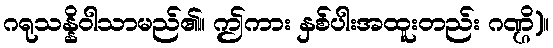
ဂရုသန္နိဝါသာမည်၏။ ဤကား နှစ်ပါးအထူးတည်း ဂဏ္ဌိ)။